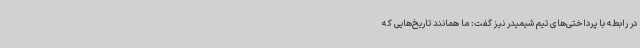
در رابطه با پرداختی‌های تیم شیمیدر نیز گفت: ما همانند تاریخ‌هایی که